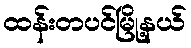
ထန်းတပင်မြို့နယ်